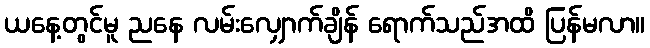
ယနေ့တွင်မူ ညနေ လမ်းလျှောက်ချိန် ရောက်သည်အထိ ပြန်မလာ။